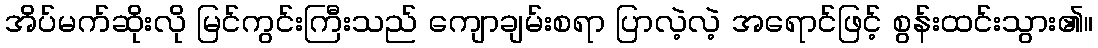
အိပ်မက်ဆိုးလို မြင်ကွင်းကြီးသည် ကျောချမ်းစရာ ပြာလဲ့လဲ့ အရောင်ဖြင့် စွန်းထင်းသွား၏။